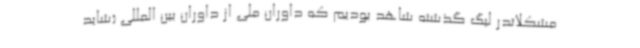
مشکلاتدر لیگ گذشته شاهد بودیم که داوران ملی از داوران بین المللی (شاید